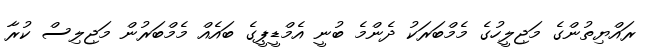
ރައްޔިތުންގެ މަޖިލީހުގެ މެމްބަރަކު ދެންމެ ބުނީ އެމްޑީޕީގެ ބައެއް މެމްބަރުން މަޖިލިސް ކުރާ